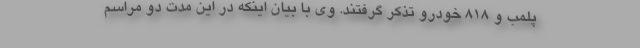
پلمب و ۸۱۸ خودرو تذکر گرفتند. وی با بیان اینکه در این مدت دو مراسم